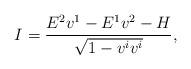
LaTeX: \begin{align*}I=\frac{E^{2}v^{1}-E^{1}v^{2}-H}{\sqrt{1-v^{i}v^{i}}},\end{align*}